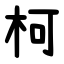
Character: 柯